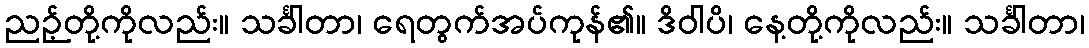
ညဉ့်တို့ကိုလည်း။ သင်္ခါတာ၊ ရေတွက်အပ်ကုန်၏။ ဒိဝါပိ၊ နေ့တို့ကိုလည်း။ သင်္ခါတာ၊